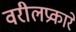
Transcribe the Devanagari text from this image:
वरीलप्रकारे